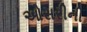
ઓસરીની